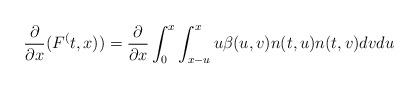
LaTeX: \begin{align*}\frac{\partial}{\partial x} (F^(t,x)) = \frac{\partial}{\partial x} \int_0^x \int_{x-u}^{x_{}} u \beta(u,v)n(t,u)n(t,v) dv du \end{align*}